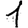
Digit: 1